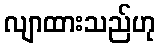
လျာထားသည်ဟု